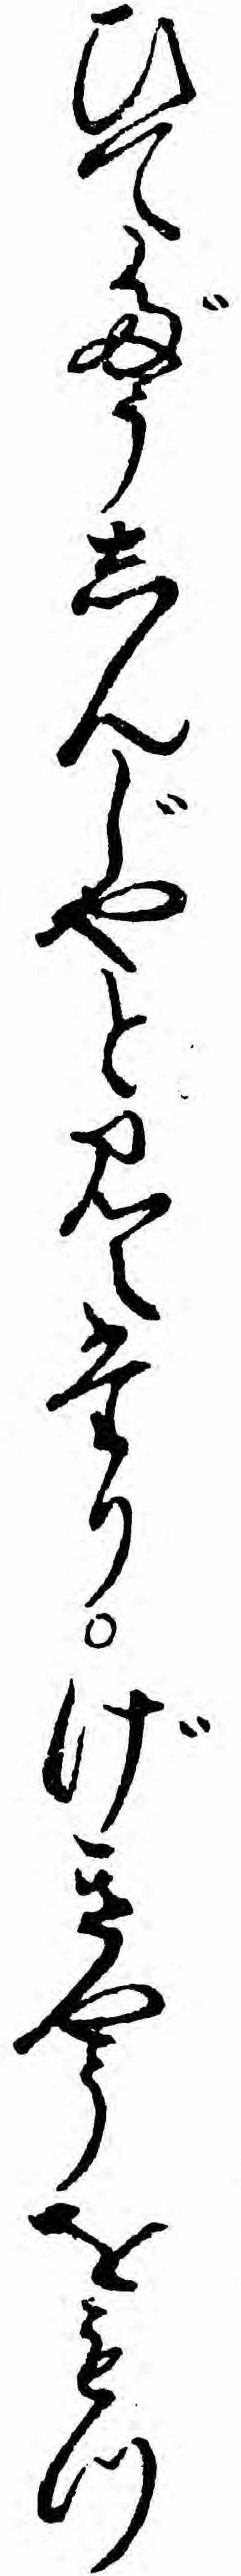
ひてだうしんじやと見えたりげきやうをもつ